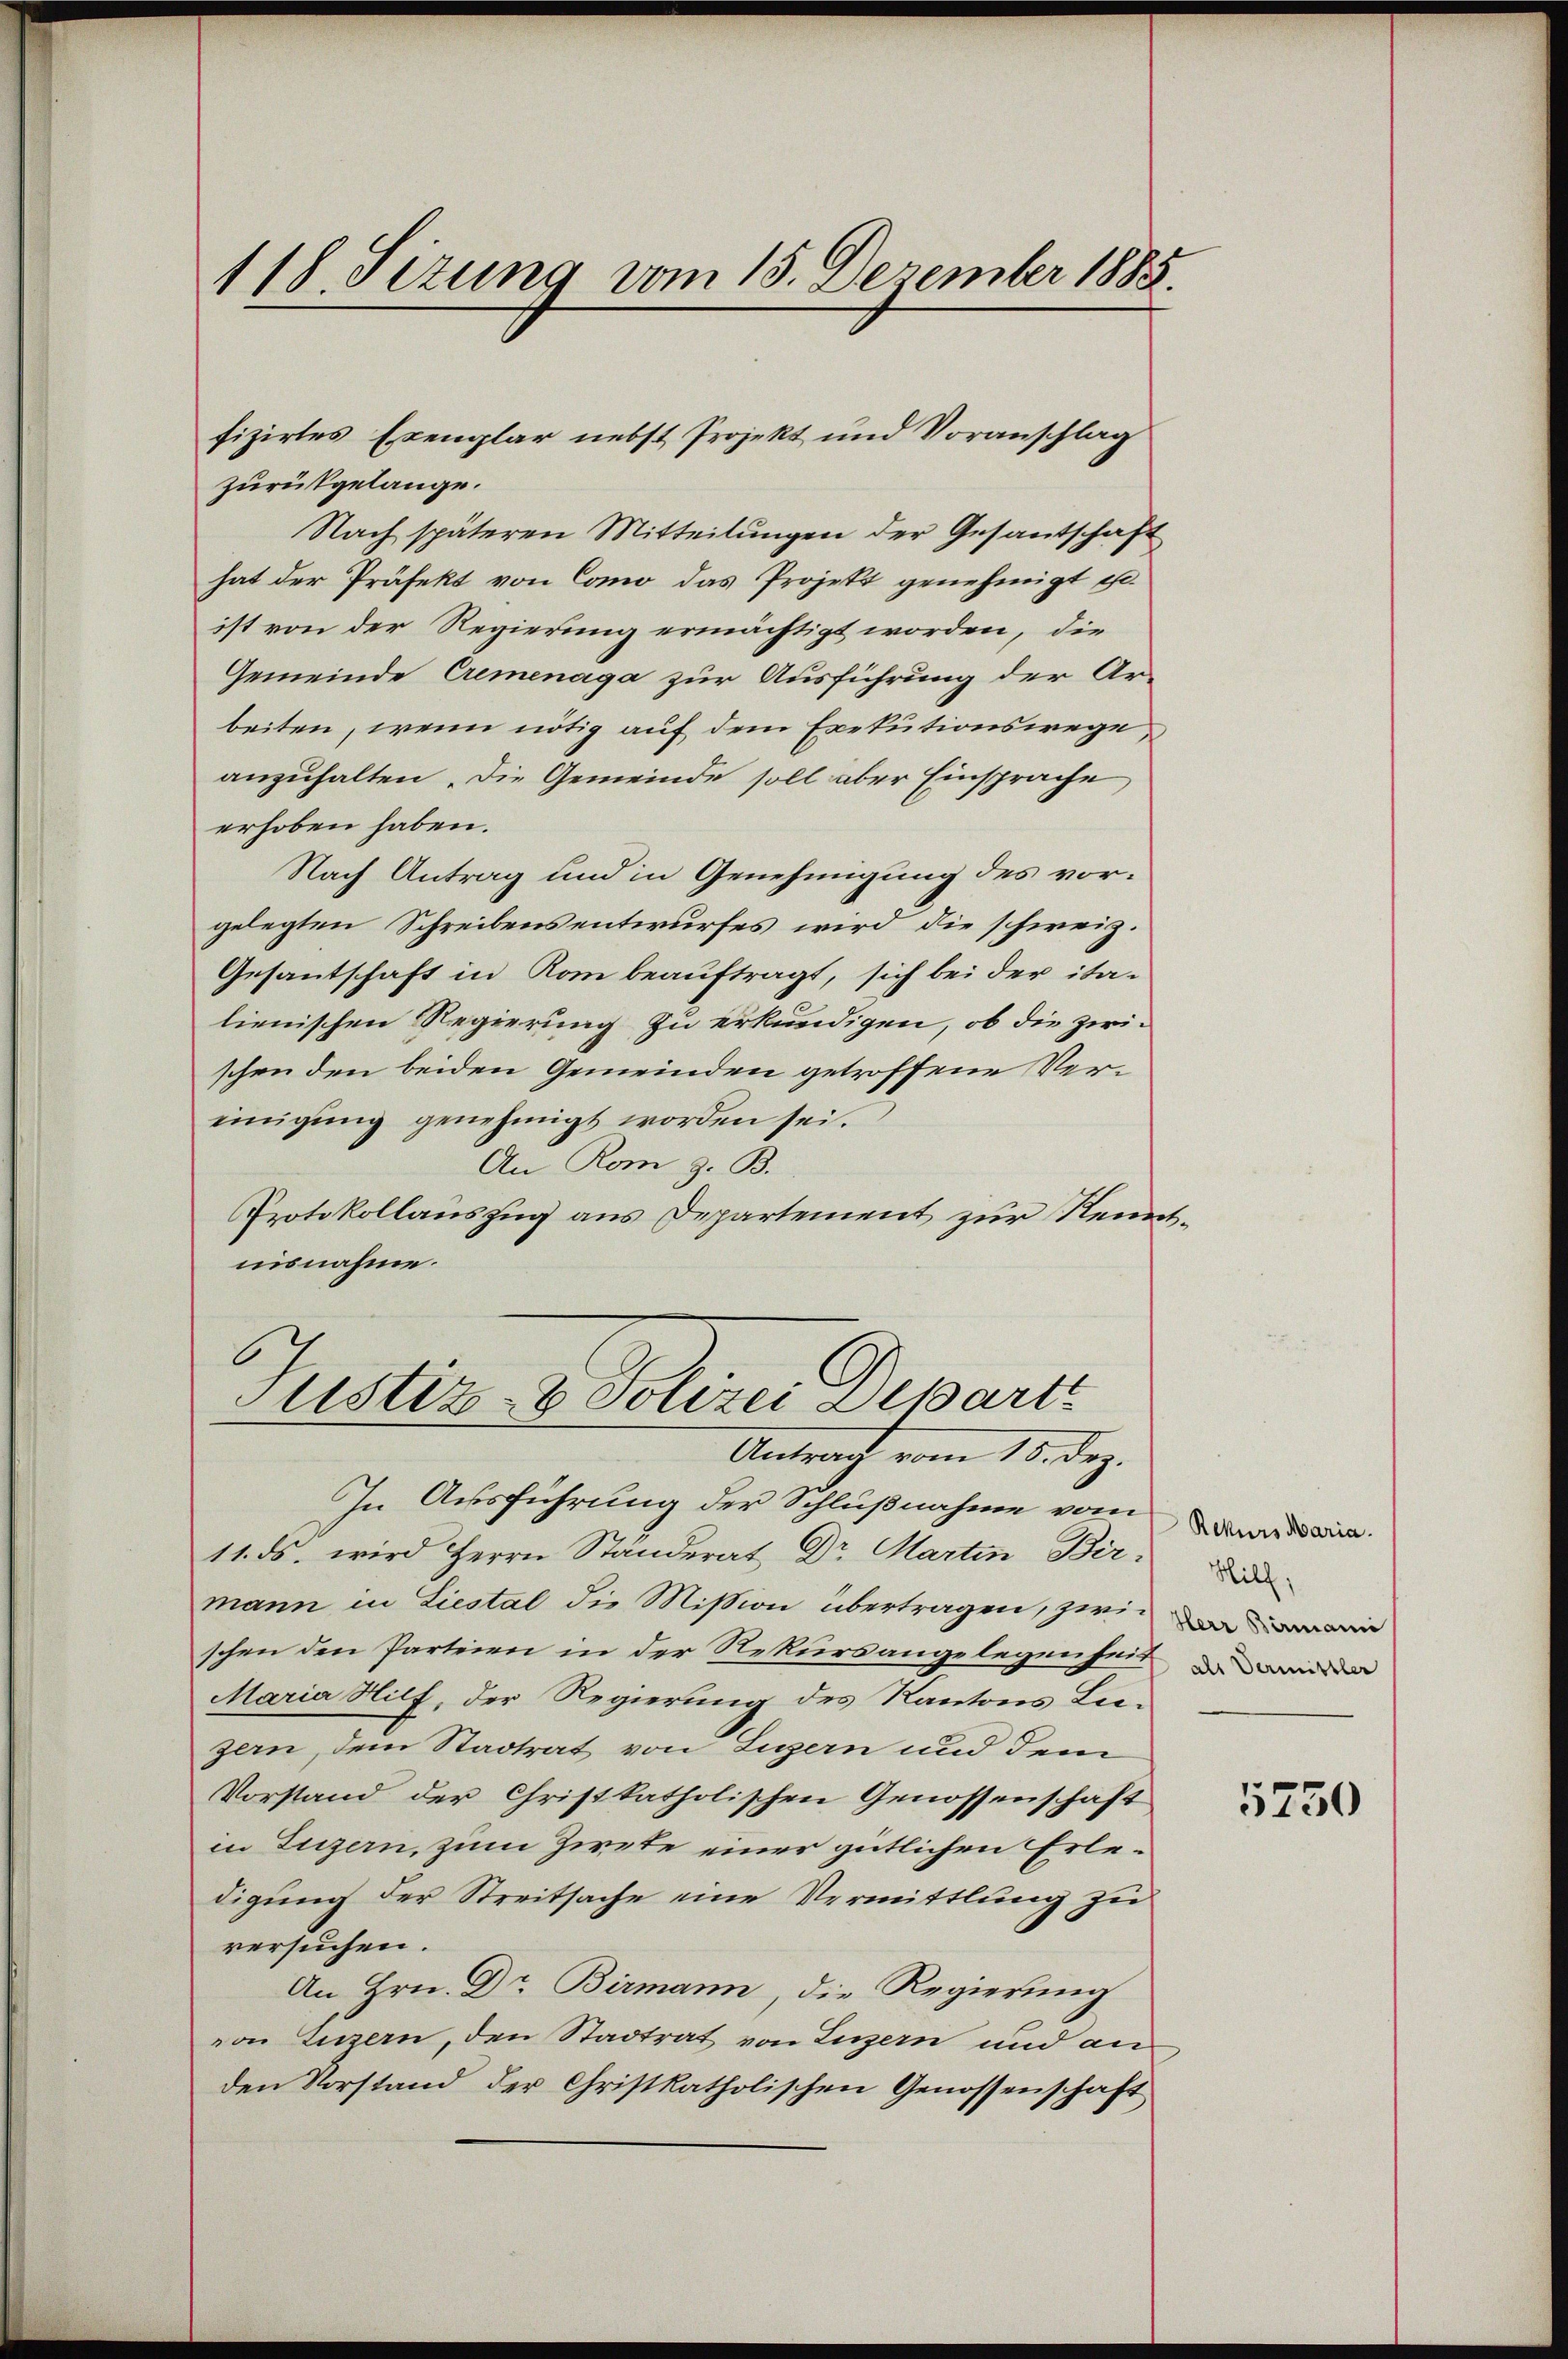
118. Sizung vom 15. Dezember 1885.

zurückgelange.
Nach späteren Mitteilungen der Gesantschaft
hat der Präfekt von Como das Projekt genehmigt ist.
ist von der Regierung ermächtigt worden, die
Gemeinde Cremenaga zur Ausführung der Ar-
beiten, wenn nötig auf dem Exekutionswege
anzuhalten. Die Gemeinde soll aber Einsprache
erhoben haben.
Nach Antrag und in Genehmigung des vorgelegten Schreibensentwurfes wird die schweiz.
Gesantschaft in Rom beauftragt, sich bei der ita-
lienischen Regierung zu erkundigen, ob die zwischen den beiden Gemeinden getroffene Vereinigung genehmigt worden sei.
An Rom z. B.
Protokollauszug aus Departement zur Renntnisnahme.

In Ausführung der Schlußnahme vom
11. ds. wird Herrn Ständerat Dr Martin Birmann in Liestal die Mission übertragen, zwischen den Parteien in der Rekursangelegenheit dan
Maria Hilf, der Regierung des Kantons Lezern, dem Stadtrat von Ligern und dem
Vorstand der Christkatholischen Genossenschaft
in Luzern, zum Zieke einer gütlichen Erledigung der Streitsache eine Vermittlung zu
versuchen.
An Hrn. Dr. Birmann, die Regierung
von Luzern, den Stadtrat von Luzern und an
den Vorstand der Christkatholischen Genossenschaft

fizirtes Exemplar nebst Projekt und Voranschlag

Justiz- & Polizei Departe
Antrach vom 15. dez.

Rekurs Maria.
Mill
Herr Birmanni

5750